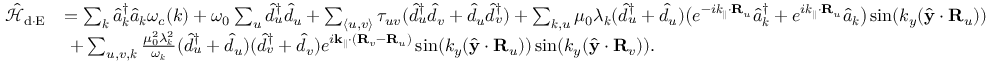
\begin{array} { r l } { \mathcal { \hat { H } } _ { \mathrm { d \cdot E } } } & { = \sum _ { { \boldsymbol k } } \hat { a } _ { { \boldsymbol k } } ^ { \dagger } \hat { a } _ { { \boldsymbol k } } \omega _ { c } ( { \boldsymbol k } ) + \omega _ { 0 } \sum _ { u } \hat { d } _ { u } ^ { \dagger } \hat { d } _ { u } + \sum _ { \langle u , v \rangle } \tau _ { u v } ( \hat { d } _ { u } ^ { \dagger } \hat { d } _ { v } + \hat { d } _ { u } \hat { d } _ { v } ^ { \dagger } ) + \sum _ { { \boldsymbol k } , u } \mu _ { 0 } \lambda _ { \boldsymbol k } ( \hat { d } _ { u } ^ { \dagger } + \hat { d } _ { u } ) \big ( e ^ { - i { \boldsymbol k _ { \parallel } } \cdot { \bf R } _ { u } } \hat { a } _ { { \boldsymbol k } } ^ { \dagger } + e ^ { i { \boldsymbol k _ { \parallel } } \cdot { \bf R } _ { u } } \hat { a } _ { { \boldsymbol k } } \big ) \sin ( { k _ { y } } ( \hat { \bf y } \cdot { \bf R } _ { u } ) ) } \\ & { ~ + \sum _ { u , v , { \boldsymbol k } } { \frac { \mu _ { 0 } ^ { 2 } \lambda _ { \boldsymbol k } ^ { 2 } } { { \omega _ { \boldsymbol k } } } } ( \hat { d } _ { u } ^ { \dagger } + \hat { d } _ { u } ) ( \hat { d } _ { v } ^ { \dagger } + \hat { d } _ { v } ) e ^ { i { \bf k } _ { \parallel } \cdot ( { \bf R } _ { v } - { \bf R } _ { u } ) } \sin ( { k _ { y } } ( \hat { \bf y } \cdot { \bf R } _ { u } ) ) \sin ( { k _ { y } } ( \hat { \bf y } \cdot { \bf R } _ { v } ) ) . } \end{array}